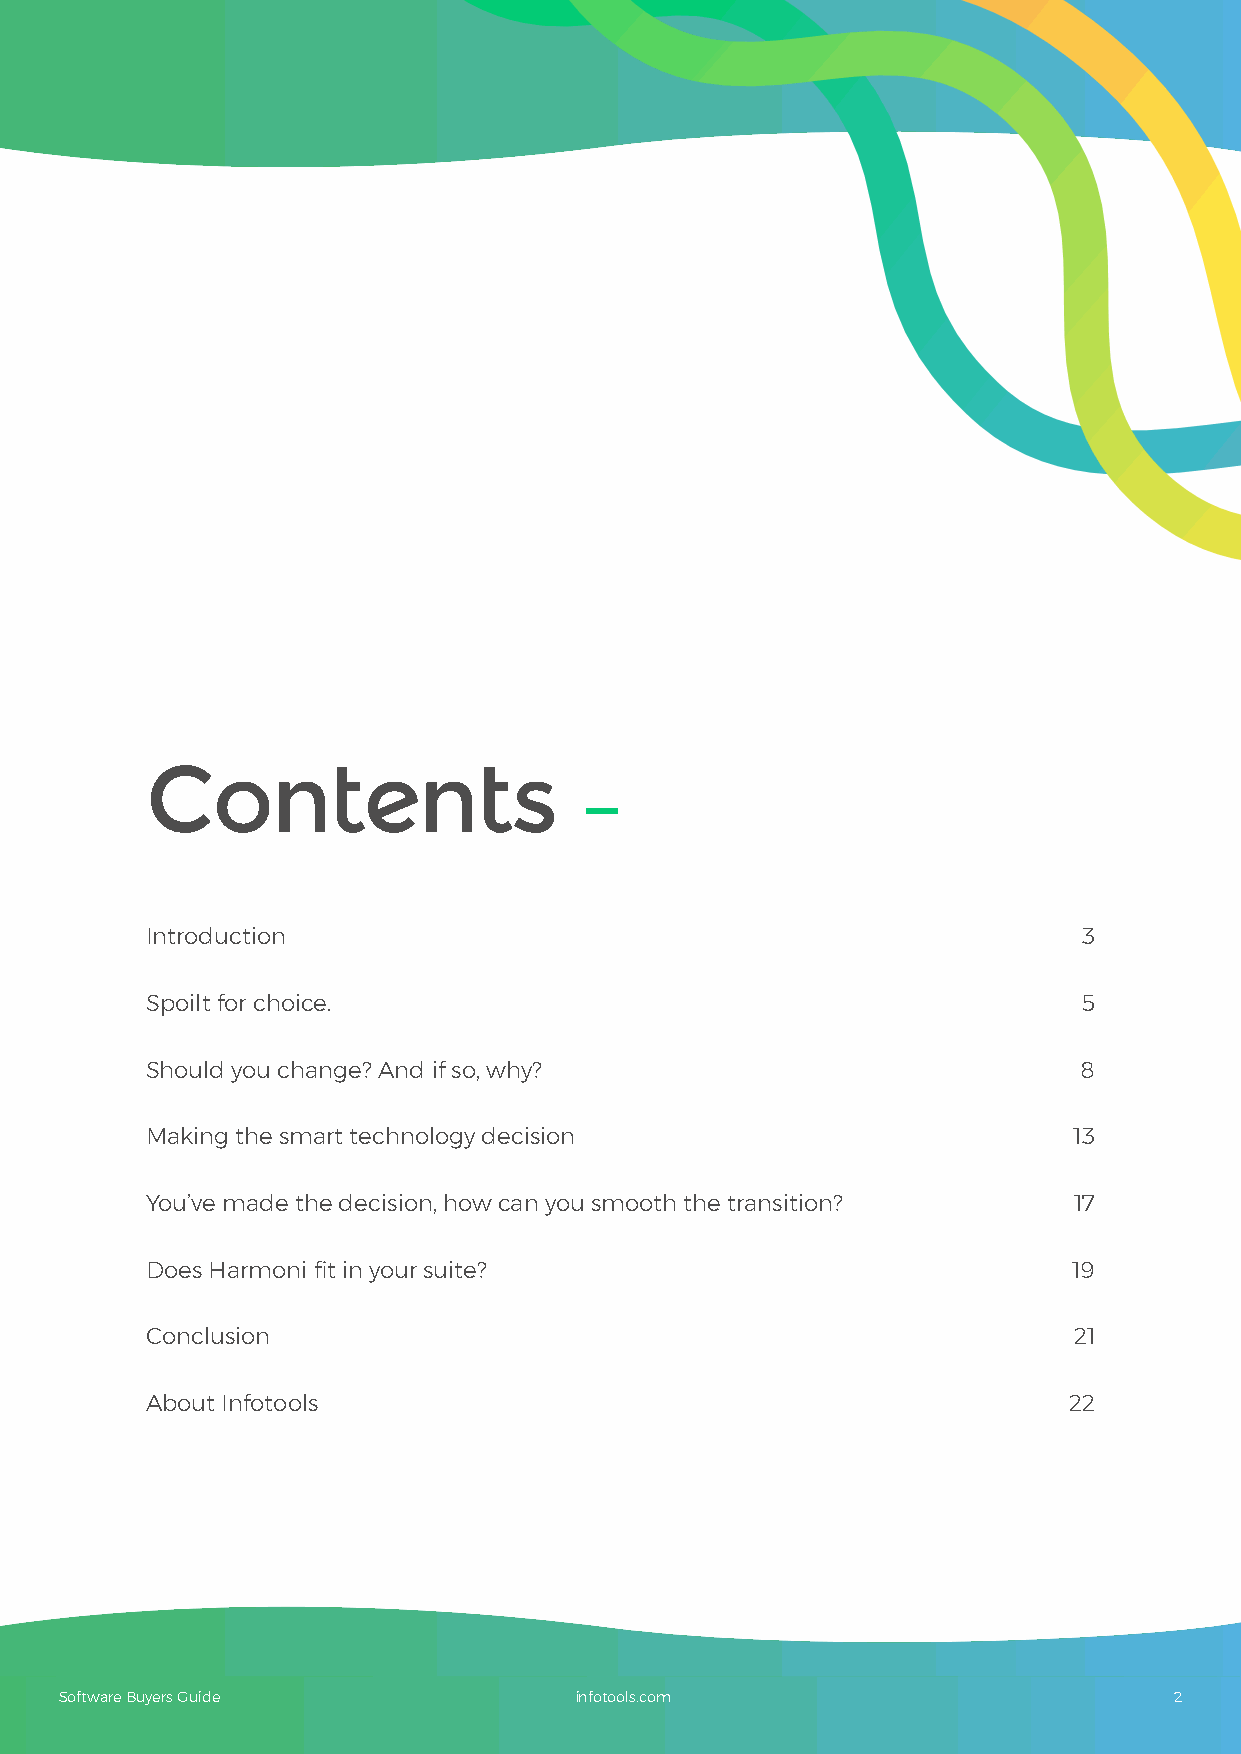
Contents
 –
 Introduction                                                  3
 Spoilt for choice.                                            5
 Should you change? And if so, why?                           8
 Making the smart technology decision                         13
 You’ve made the decision, how can you smooth the transition? 17
 Does Harmoni fit in your suite?                              19
 Conclusion                                                   21
 About Infotools                                              22
 Software Buyers Guide             infotools.com                           2